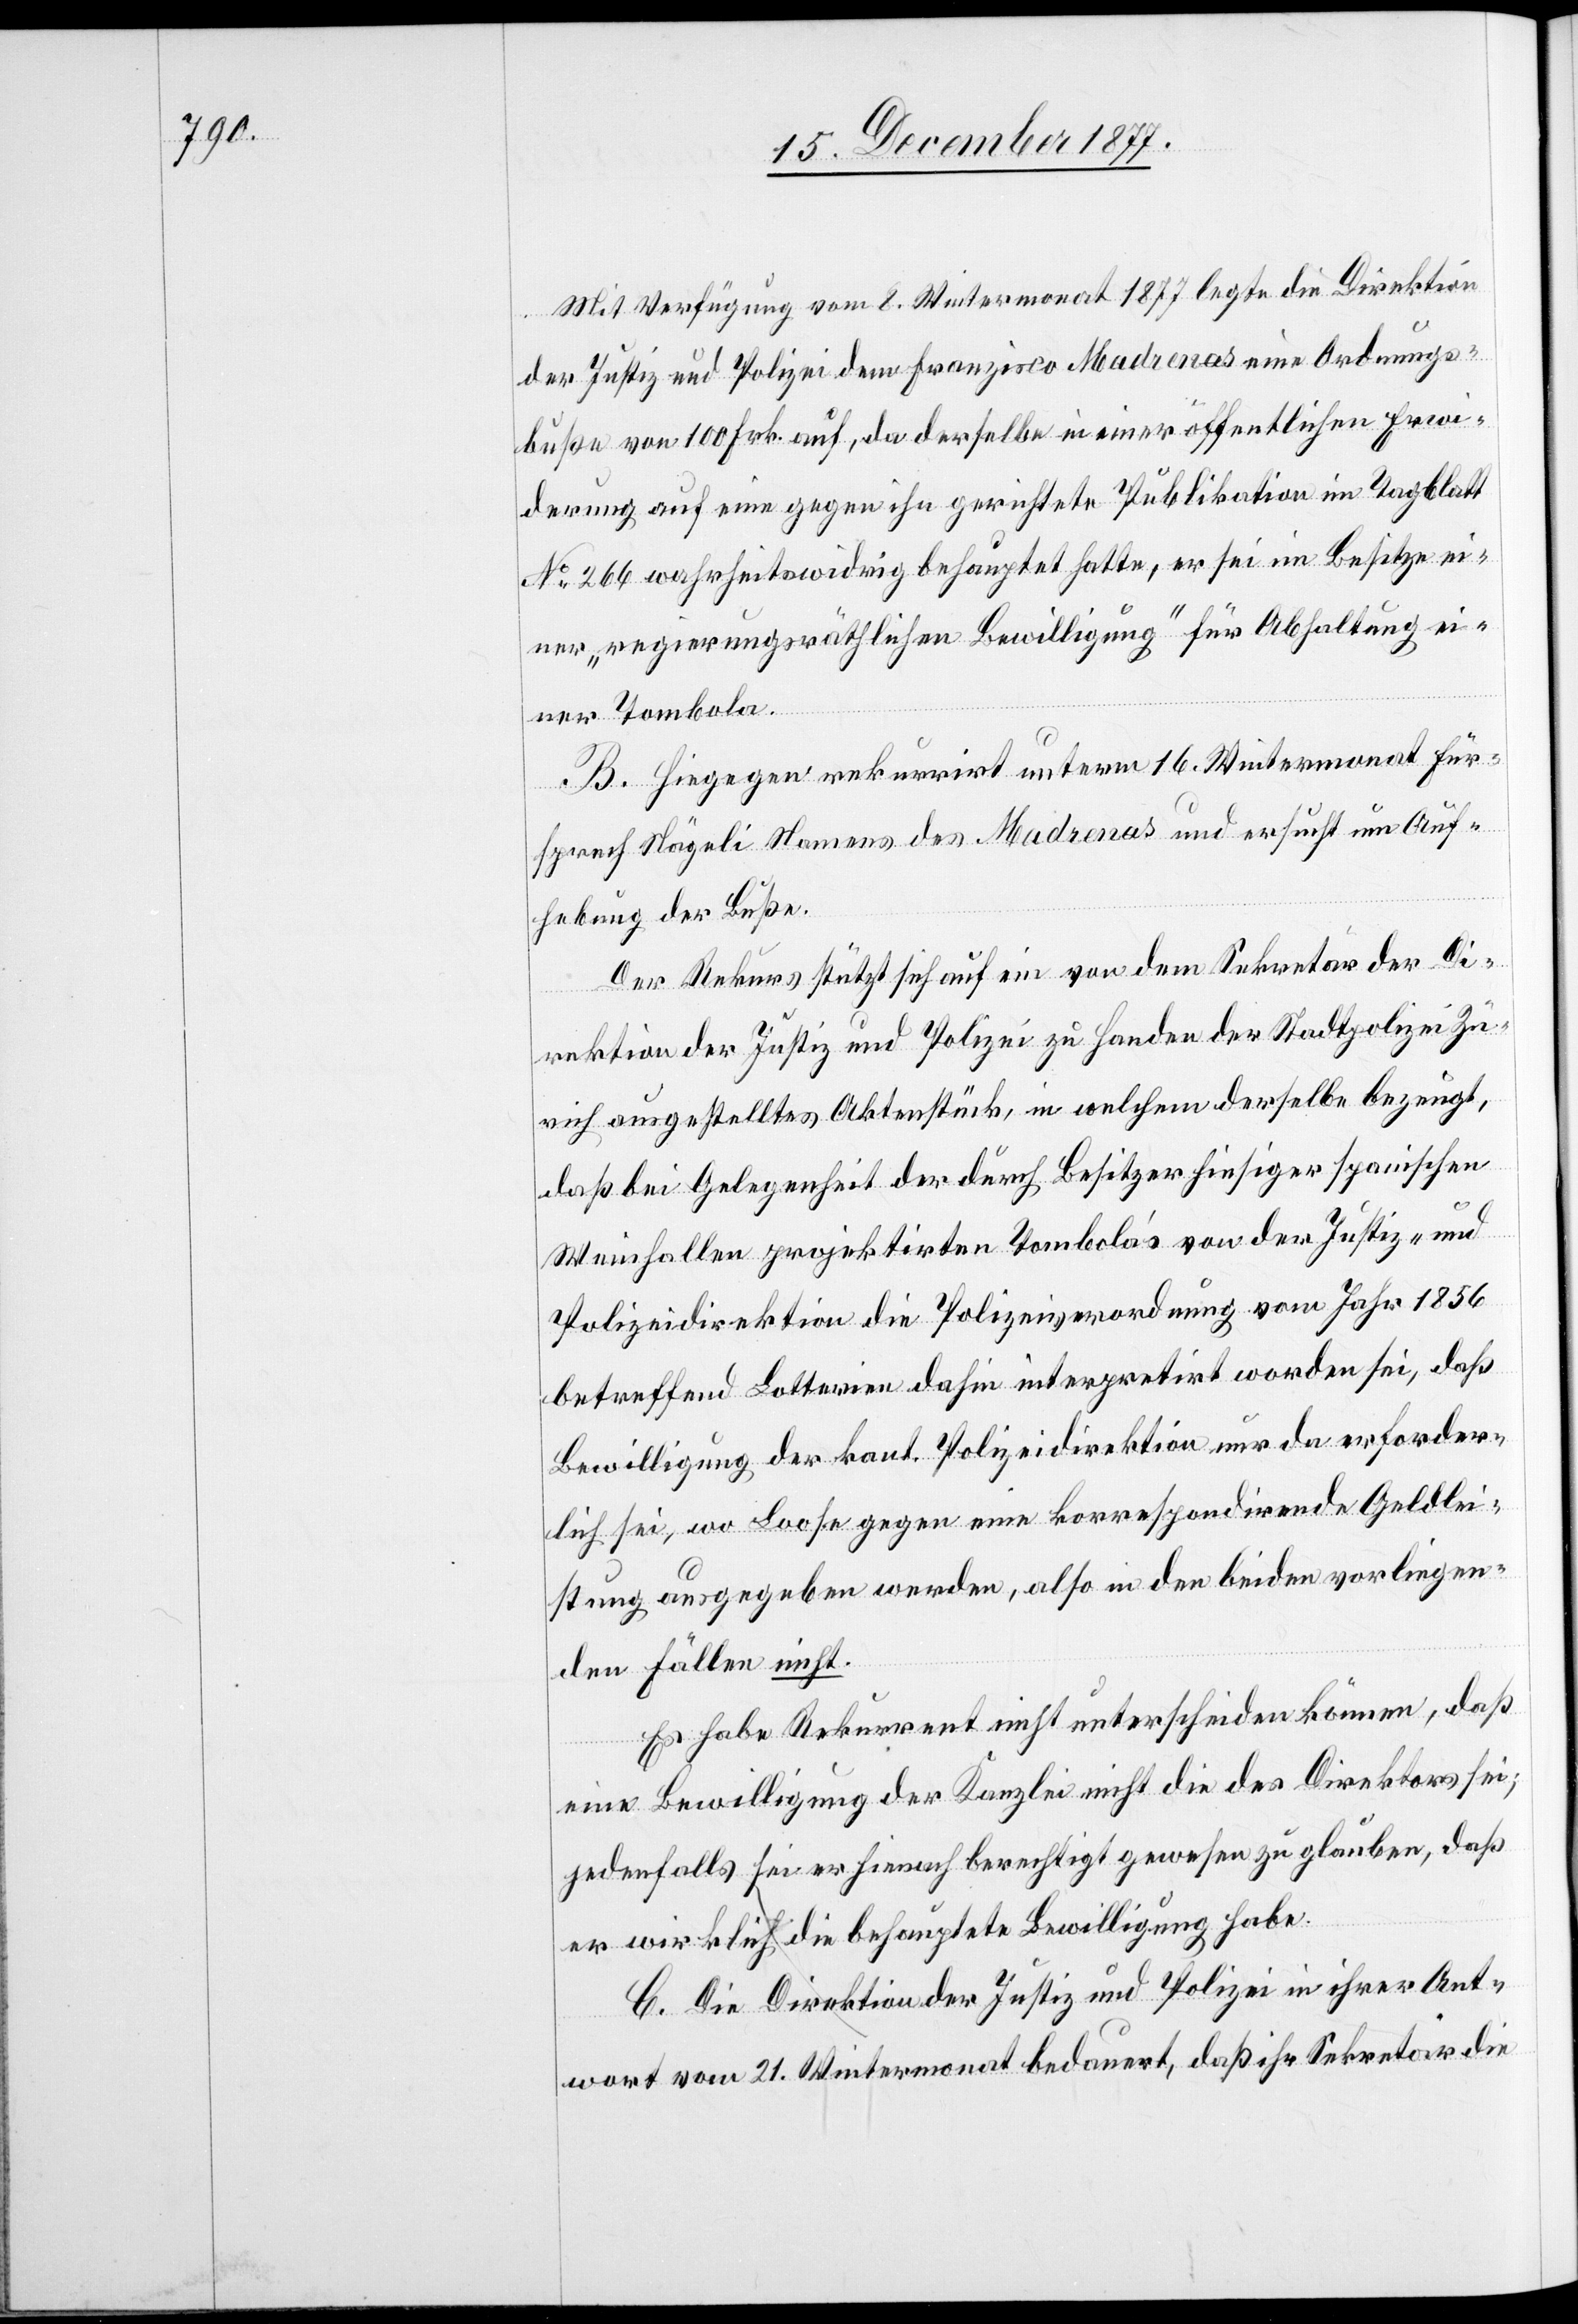
Mit Verfügung vom 8. Wintermonat 1877 legte die Direktion
der Justiz und Polizei dem Franzisco [sic!] Madrenas eine Ordnungs¬
buße von 100 Frk. auf, da derselbe in einer öffentlichen Erwi¬
derung auf eine gegen ihn gerichtete Publikation im Tagblatt
No 266 wahrheitswidrig behauptet hatte, er sei im Besitze ei¬
ner „regierungsräthlichen Bewilligung“ für Abhaltung ei¬
ner Tombola.
B. Hiegegen rekurrirt unterm 16. Wintermonat Für¬
sprech Nägeli Namens des Madrenas und ersucht um Auf¬
hebung der Buße.
Der Rekurs stützt sich auf ein von dem Sekretär der Di¬
rektion der Justiz und Polizei zu Handen der Stadtpolizei Zü¬
rich ausgestelltes Aktenstück, in welchem derselbe bezeugt,
daß bei Gelegenheit der durch Besitzer hiesiger spanischen
Weinhallen projektirten Tombola’s von der Justiz- und
Polizeidirektion die Polizeiverordnung vom Jahr 1856
betreffend Lotterien dahin interpretirt worden sei, daß
Bewilligung der kant. Polizeidirektion nur da erforder¬
lich sei, wo Loose gegen eine korrespondirende Geldlei¬
stung ausgegeben werden, also in den beiden vorliegen¬
den Fällen nicht.
Es habe Rekurrent nicht unterscheiden können, daß
eine Bewilligung der Kanzlei nicht die des Direktors sei;
jedenfalls sei er hienach berechtigt gewesen zu glauben, daß
er wirklich die behauptete Bewilligung habe.
C. Die Direktion der Justiz und Polizei in ihrer Ant¬
wort vom 21. Wintermonat bedauert, daß ihr Sekretär die